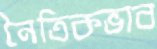
নৈতিকভাব